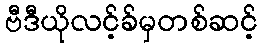
ဗီဒီယိုလင့်ခ်မှတစ်ဆင့်